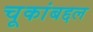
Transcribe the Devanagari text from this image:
चूकांबद्दल